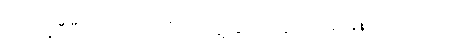
ယူအန်ဒီပီ ကိုလည်း အီးမေးနဲ့ ဆက်သွယ်မေးမြန်းထားပါတယ်။